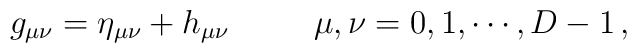
g_{\mu\nu}=\eta_{\mu\nu}+h_{\mu\nu}\,\hspace{1cm}\mu,\nu=0,1,\cdots,D-1 \,,